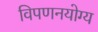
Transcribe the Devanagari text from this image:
विपणनयोग्य